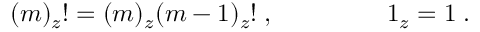
( m ) _ { z } ! = ( m ) _ { z } ( m - 1 ) _ { z } ! \; , \; \; \; \; \; \; \; \; \; \; \; \; \; \; \; \; 1 _ { z } = 1 \; . \; \; \; \; \; \; \; \; \; \; \;